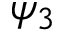
\psi _ { 3 } \,